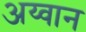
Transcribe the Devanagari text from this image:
अय्वान